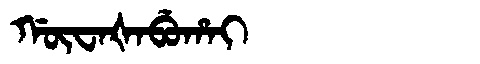
Manchu: ᡤᡡᠸᠠᡧᠠᠪᡠᡥᠠᡳ
Romanization: GŪWAŠABUHAI